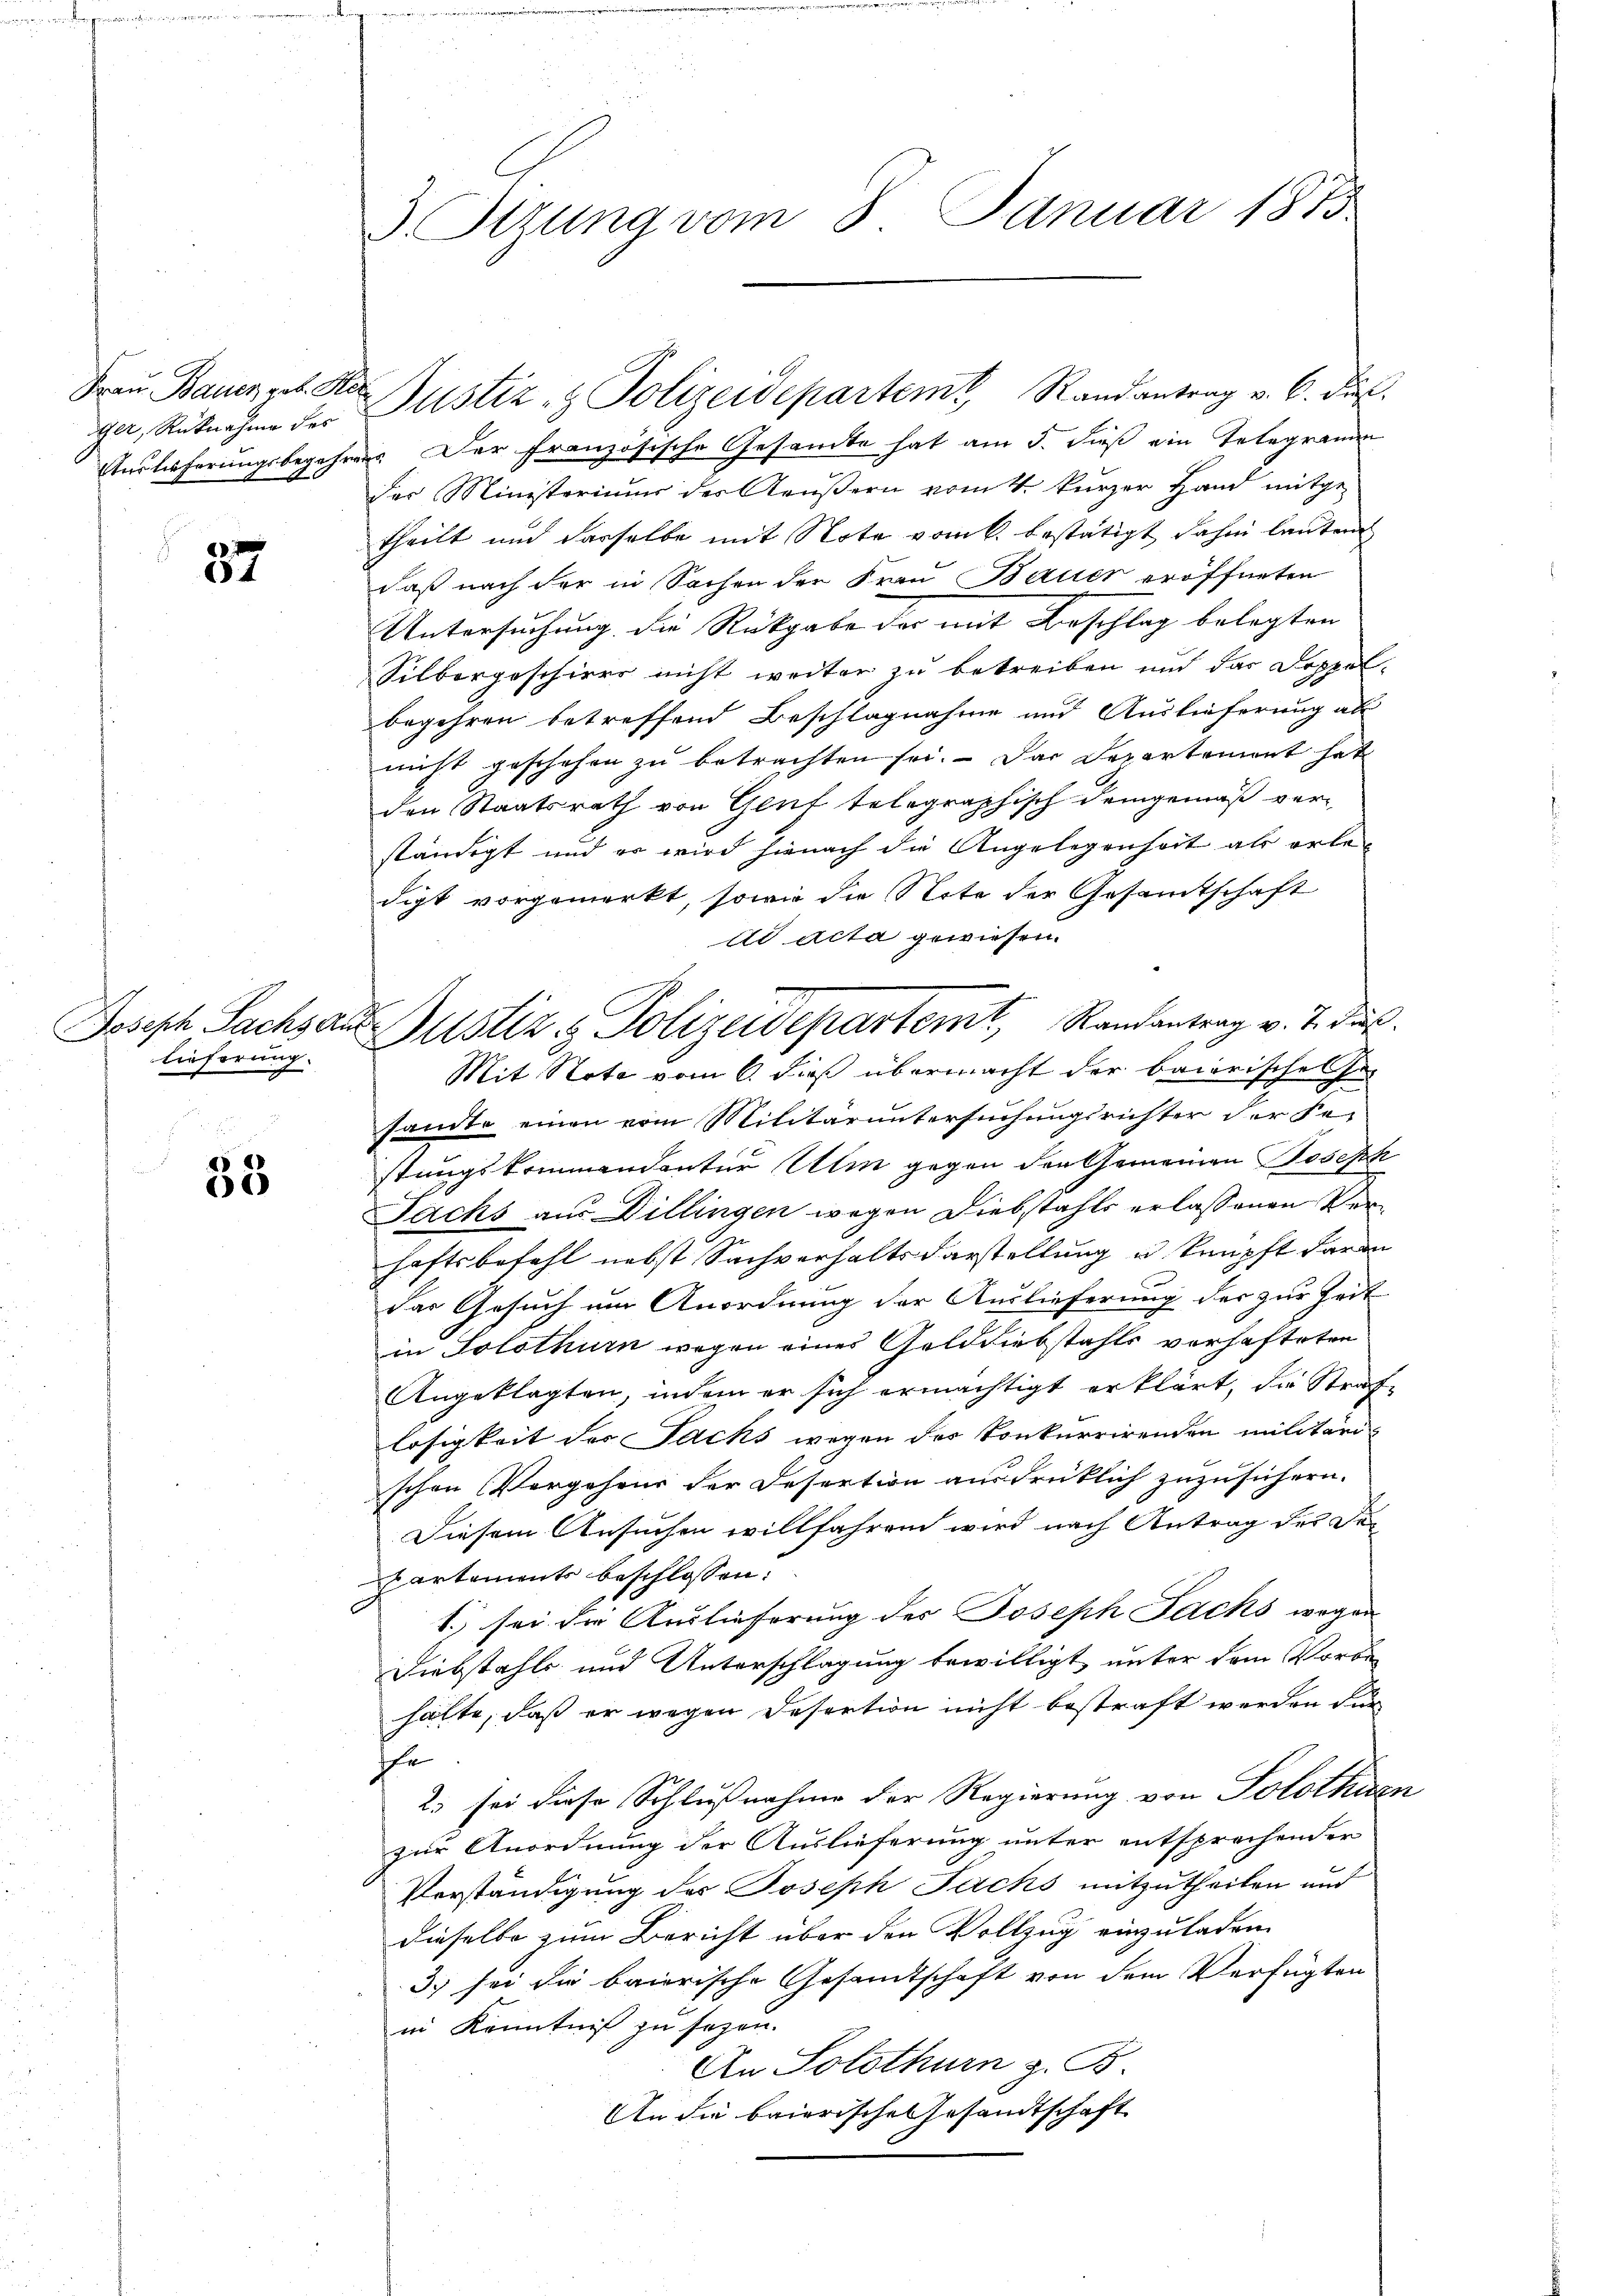
ger, Rücknahme des

87

lieferung.

38

Auslieferungsbegehrens. Der französische Gesamte hat am 5. dieß ein Telegramm
der Ministeriums des Aeußern vom 4. kurzer Hand mitge-
theilt und derselbe mit Note vom 6. bestätigt, dahin lauten
daß nach der in Sachen der Frau Bauer eröffneten
Untersuchung die Rückgabe der mit Beschlag belegten
Silbergeschiers nicht weiter zu betreiben und das Doppel-
begehren betreffend Beschlagnahme und Auslieferung als
nicht geschehen zu betrachten sei. Das Departement hat
den Staatsrath von Gruf telegraphisch demgemäß verständigt und er wird hienach die Angelegenheit als erledigt vorgemerkt, sowie die Note der Gesamtschaft
ad acta gewiesen.
sandte einen vom Militäruntersuchungsrichter der Festungskommandanter Ulm gegen den Gemeinen Joseph
Jacks aus Dillingen wegen Diebstahls erlassenen Verhaftsbefehl nebst Sachverhaltsdarstellung u knüpft daran
das Gesuch um Anordnung der Auslieferung der zur Zeit
in Solothurn wegen einer Gelddiebstahls verhafteten
Angeklagten, indem er sich ermächtigt erklärt, die Straf-
losigkeit des Jacks wegen des Konkurrirenden militärischen Vorgehens der Desertion ausdrüklich zuzusichern.
Diesem Ansuchen willfahren wird nach Antrag der Tes
partements beschlossen:
1.) sei die Auslieferung der Joseph Jacks wegen
Diebstahls und Unterschlagung bewilligt, unter dem Vorbe-
hälte, daß er wegen Desertion nicht bestraft werden dür
e
2. sei diese Schlußnahme der Regierung von Solothur-
zur Anordnung der Auslieferung unter entsprachender
Vorständigung des Joseph Jachs mitzutheilen und
dieselbe zum Bericht über den Vollzug einzuladen.
3. sei die baierische Gesamtschaft von dem Verfügten
in Kenntniß zu sagen.
An Solothurn z. B.
An die baierische Gesandtschaft

3. Stzung vom 8. Januar 1875.

Fraŭ Bauer geb. La Justiz- & Polizeidepartemt, Randantrag v. 6. di

Joseph Sachs aus Justiz & Polizeidepartemt, Randantrag v. 7. ds.
Mit Note vom 6. dieß übermacht der baierischehe